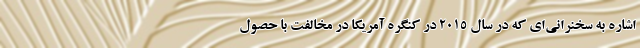
اشاره به سخنرانی‌ای که در سال ۲۰۱۵ در کنگره آمریکا در مخالفت با حصول